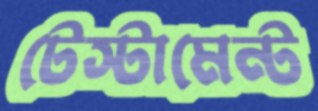
টেস্টামেন্ট